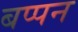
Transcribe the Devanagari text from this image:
बप्पन